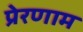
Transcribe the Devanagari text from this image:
प्रेरणाम